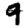
Digit: 9